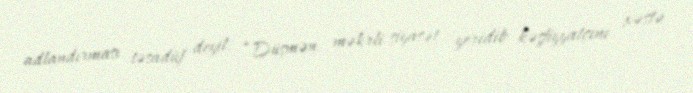
adlandırması təsadüf deyil: “Düşmən məkrli siyasət yeridib kəşfiyyatçını xəstə